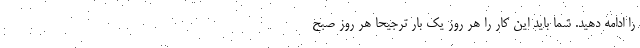
را ادامه دهید. شما باید این کار را هر روز یک بار ترجیحاً هر روز صبح